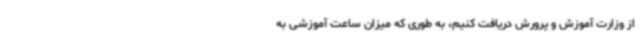
از وزارت آموزش و پرورش دریافت کنیم، به طوری که میزان ساعت آموزشی به